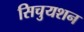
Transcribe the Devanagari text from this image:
सिचुयशन